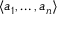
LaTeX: \langle a _ { 1 } , \ldots , a _ { n } \rangle